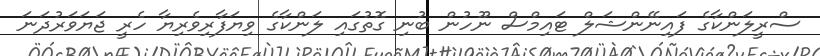
ސްރީލަންކާގެ ފައިނޭންޝަލް ޓައިމްސް ނޫހުން ބުނި ގޮތުގައި ލަންކާގެ ވިޔަފާރިވެރިޔާ ހެރީ ޖަޔަވަރުދަނަ